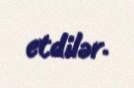
etdilər.